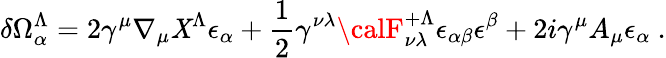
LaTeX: \delta\Omega_{\alpha}^{\Lambda}=2\gamma^{\mu}\nabla_{\mu}\mathit{X}^{\Lambda}\epsilon_{\alpha}+{\frac{{1}}{{2}}}\gamma^{\nu\lambda}{\calF}_{\nu\lambda}^{+\Lambda}\epsilon_{\alpha\beta}\epsilon^{\beta}+2i\gamma^{\mu}A_{\mu}\epsilon_{\alpha}\ .